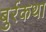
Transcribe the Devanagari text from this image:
बुर्रकथा